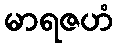
မာရဇဟံ